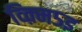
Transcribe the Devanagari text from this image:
व्क़्मि५इ